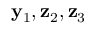
{ \bf y } _ { 1 } , { \bf z } _ { 2 } , { \bf z } _ { 3 }